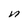
Character: n